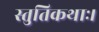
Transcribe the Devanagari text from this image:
स्तुतिकथाः।